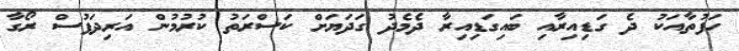
ހަފުތާއަކު ދެ ގަޑިއިރާއި ބައިގަޑިއިރާ ދެމެދު ގަދަޔަށް ކަސްރަތު ކުރުމުން އަރިދަފުސް ރޯގާ